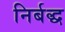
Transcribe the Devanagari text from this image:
निर्बद्ध